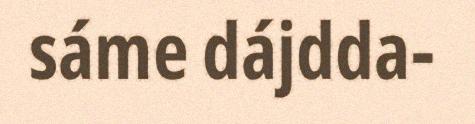
sáme dájdda-